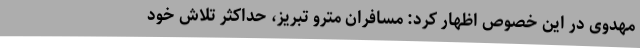
مهدوی در این خصوص اظهار کرد:‌ مسافران مترو تبریز، حداکثر تلاش خود